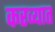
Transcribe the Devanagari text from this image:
करव्यात